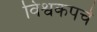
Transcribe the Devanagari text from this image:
विश्वकपचे